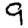
Digit: 9